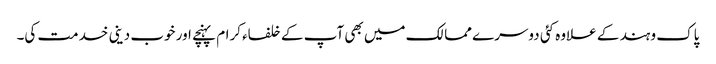
پاک و ہند کے علاوہ کئی دوسرے ممالک میں بھی آپ کے خلفاء کرام پہنچے اور خوب دینی خدمت کی۔